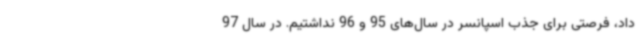
داد، فرصتی برای جذب اسپانسر در سال‌های 95 و 96 نداشتیم. در سال 97